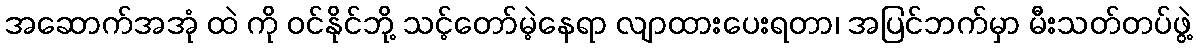
အဆောက်အအုံ ထဲ ကို ဝင်နိုင်ဘို့ သင့်တော်မဲ့နေရာ လျာထားပေးရတာ၊ အပြင်ဘက်မှာ မီးသတ်တပ်ဖွဲ့